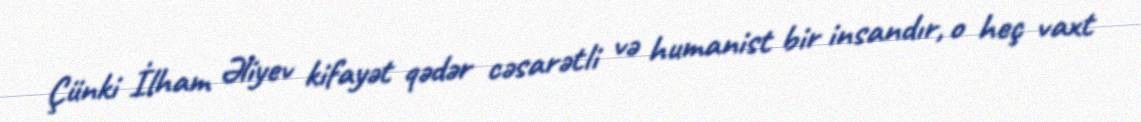
Çünki İlham Əliyev kifayət qədər cəsarətli və humanist bir insandır, o heç vaxt